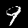
Digit: 9